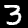
Label: 3